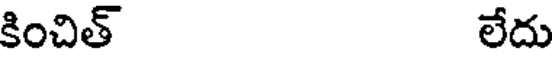
కించిత్ లేదు